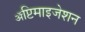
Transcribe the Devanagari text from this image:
ॲप्टिमाइजेशन